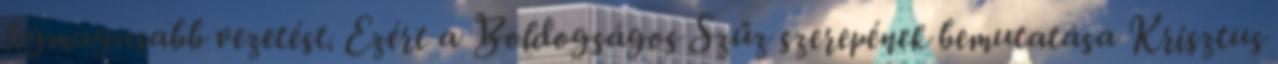
legmagasabb vezetést. Ezért a Boldogságos Szűz szerepének bemutatása Krisztus